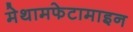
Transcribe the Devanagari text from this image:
मेथामफेटामाइन